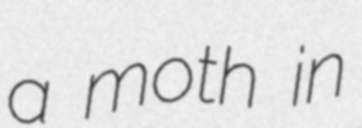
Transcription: a moth in